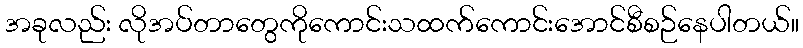
အခုလည်း လိုအပ်တာတွေကိုကောင်းသထက်ကောင်းအောင်စီစဉ်နေပါတယ်။